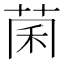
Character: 𫈂